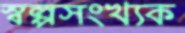
স্বল্পসংখ্যক